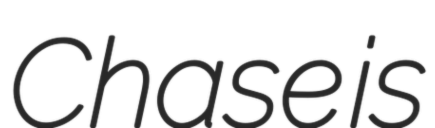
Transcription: Chase is